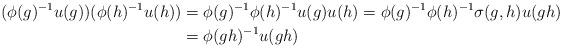
LaTeX: \begin{align*}(\phi(g)^{-1}u(g))(\phi(h)^{-1}u(h))&=\phi(g)^{-1}\phi(h)^{-1}u(g)u(h)=\phi(g)^{-1}\phi(h)^{-1}\sigma(g, h)u(gh)\\&=\phi(gh)^{-1}u(gh)\end{align*}